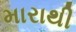
મારાથી